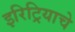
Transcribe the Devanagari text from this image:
इरिट्रियाचे